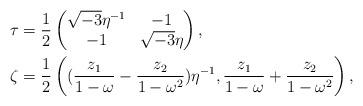
LaTeX: \begin{align*}\tau&=\frac{1}{2}\begin{pmatrix}\sqrt{-3}\eta^{-1} & -1 \\-1 & \sqrt{-3}\eta \\\end{pmatrix},\\\zeta&=\frac{1}{2}\left((\dfrac{z_1}{1-\omega}-\dfrac{z_2}{1-\omega^2})\eta^{-1},\dfrac{z_1}{1-\omega}+\dfrac{z_2}{1-\omega^2}\right),\end{align*}